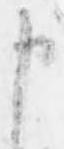
申